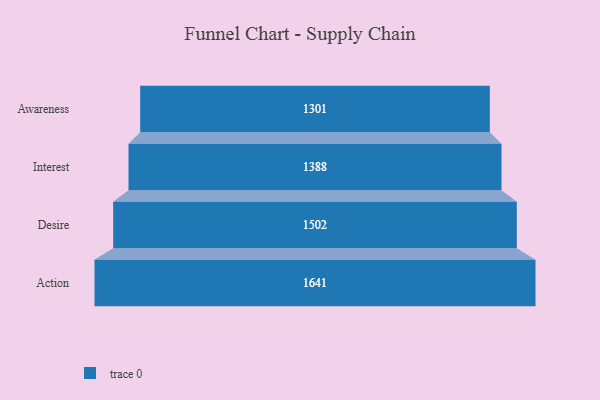
{"axis": {"x": "Stage", "y": "Value"}, "legend": [""], "data": [{"x": "Awareness", "y": 1301.0, "type": ""}, {"x": "Interest", "y": 1388.0, "type": ""}, {"x": "Desire", "y": 1502.0, "type": ""}, {"x": "Action", "y": 1641.0, "type": ""}]}